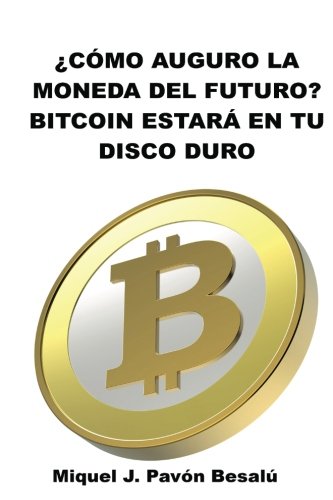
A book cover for Â¿CÃ³mo serÃ¡ la moneda del futuro?: Bitcoin estarÃ¡ en tu disco duro (Spanish Edition); Miquel J. PavÃ³n BesalÃº; Computers & Technology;